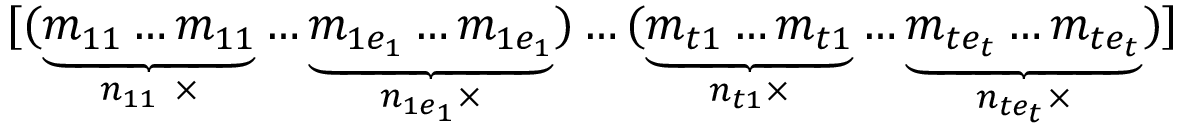
[ ( \underbrace { m _ { 1 1 } \ldots m _ { 1 1 } } _ { n _ { 1 1 } ~ \times } \ldots \underbrace { m _ { 1 e _ { 1 } } \ldots m _ { 1 e _ { 1 } } } _ { n _ { 1 e _ { 1 } } \times } ) \ldots ( \underbrace { m _ { t 1 } \ldots m _ { t 1 } } _ { n _ { t 1 } \times } \ldots \underbrace { m _ { t e _ { t } } \ldots m _ { t e _ { t } } } _ { n _ { t e _ { t } } \times } ) ]